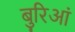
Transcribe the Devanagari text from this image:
बुरिआं